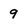
Character: 9